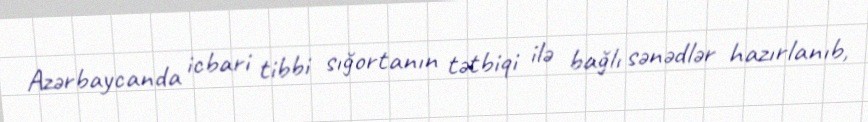
Azərbaycanda icbari tibbi sığortanın tətbiqi ilə bağlı sənədlər hazırlanıb,